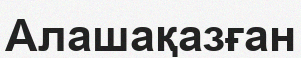
Алашақазған